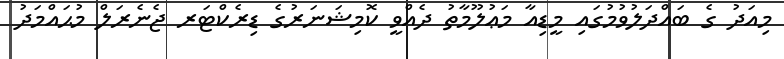
މިއަދު ގެ ބައްދަލުވުމުގައި މީޑިއާ މަޢުލޫމާތު ދެއްވީ ކޮމިޝަނަރުގެ ޑިރެކްޓަރ ޖެނެރަލް މުޙައްމަދު